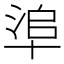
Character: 𠦭